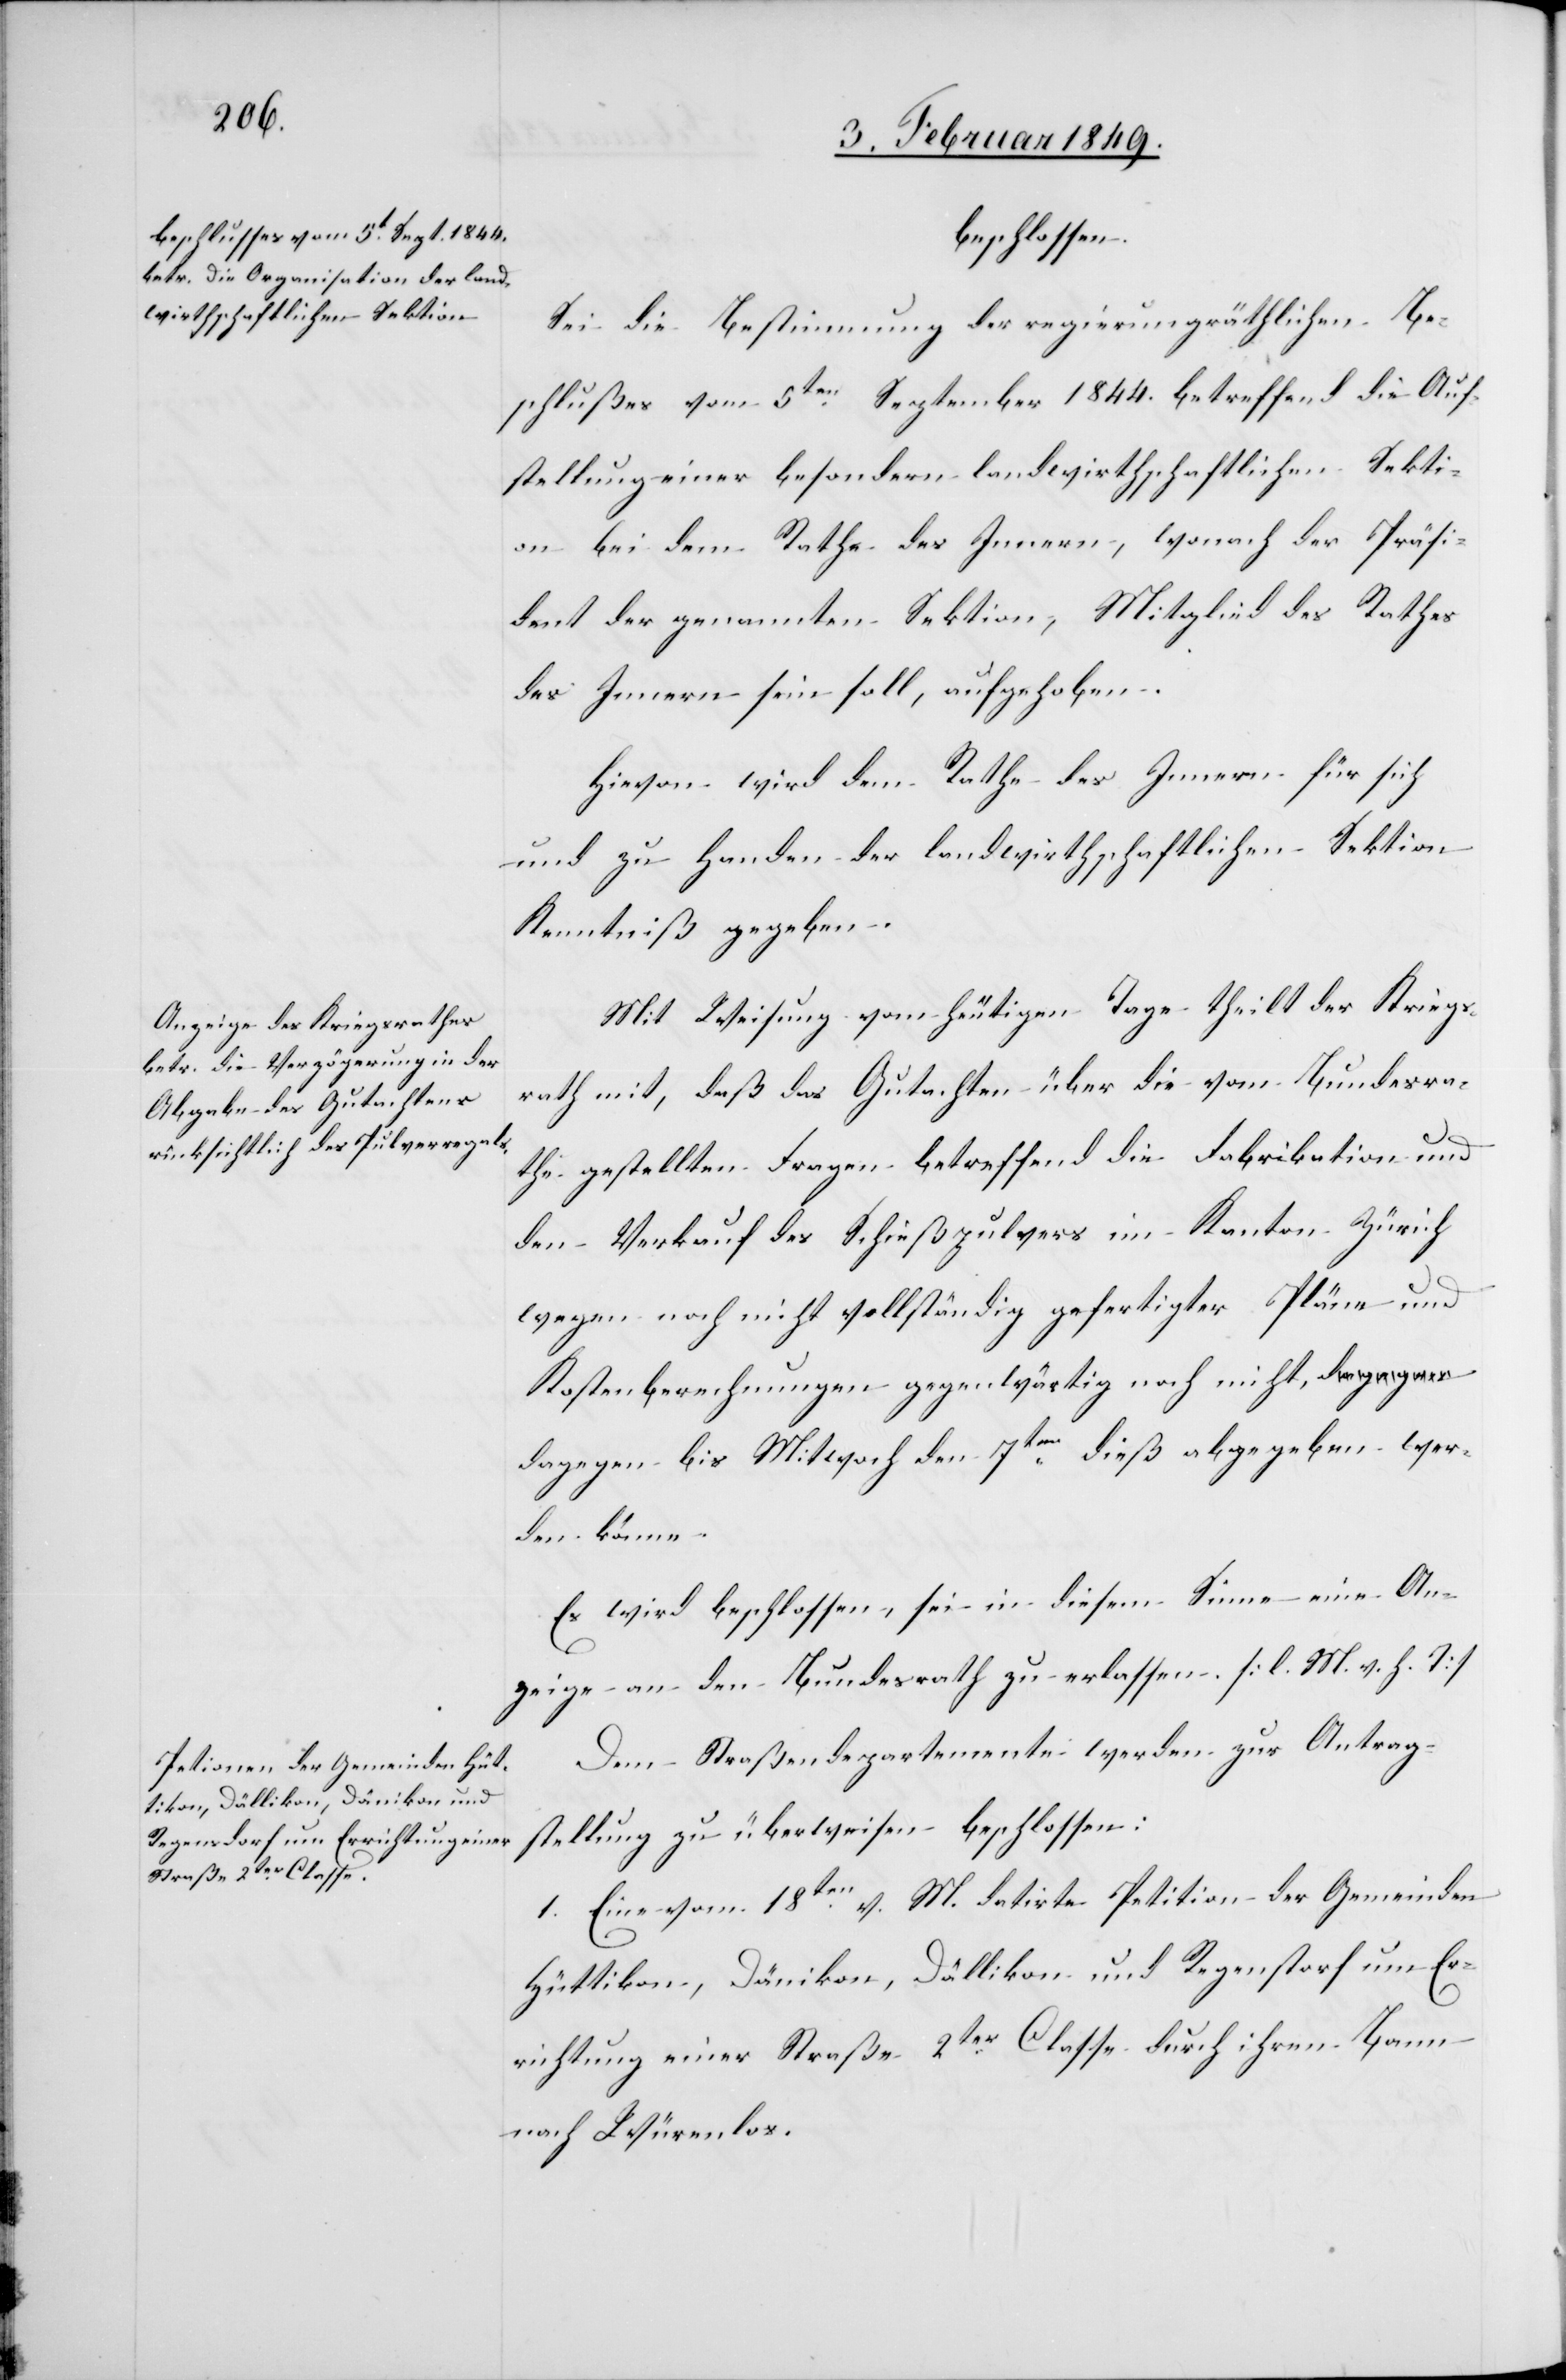
beschlossen.
Sei die Bestimmung der [sic!] regierungsräthlichen Be¬
schlußes vom 5ten. September 1844. betreffend die Auf¬
stellung einer besondern landwirthschaftlichen Sekti¬
on bei dem Rathe des Innern, wonach der Präsi¬
dent der genannten Sektion, Mitglied des Rathes
des Innern sein soll, aufgehoben.
Hievon wird dem Rathe des Innern für sich
und zu Handen der landwirthschaftlichen Sektion
Kenntniß gegeben.
Mit Weisung vom heutigen Tage theilt der Kriegs¬
rath mit, daß das Gutachten über die vom Bundesra¬
the gestellten Fragen betreffend die Fabrikation und
den Verkauf des Schießpulvers im Kanton Zürich
wegen noch nicht vollständig gefertigter Pläne und
Kostenberechnungen gegenwärtig noch nicht, d¬
agegen bis Mitwoch den 7ten. dieß abgegeben wer¬
den könne.
Es wird beschlossen, sei in diesem Sinne eine An¬
zeige an den Bundesrath zu erlassen. [l. M. v. h. T]
Dem Straßendepartemente werden zur Antrag¬
stellung zu überweisen beschlossen:
1. Eine vom 18ten. v. M. datirte Petition der Gemeinden
Hüttikon, Dänikon, Dällikon und Regensdorf um Er¬
richtung einer Straße 2ter. Classe durch ihren Bann
nach Würenlos.